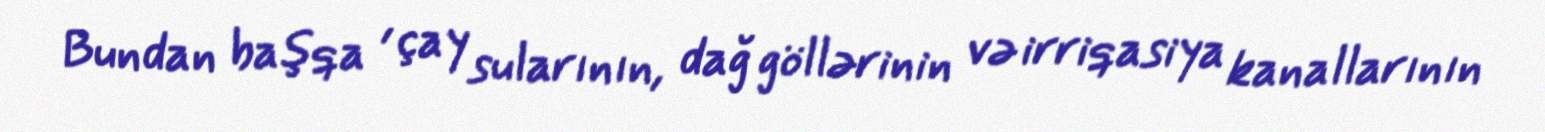
Bundan başqa , çay sularının, dağ göllərinin və irriqasiya kanallarının